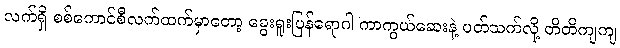
လက်ရှိ စစ်ကောင်စီလက်ထက်မှာတော့ ခွေးရူးပြန်ရောဂါ ကာကွယ်ဆေးနဲ့ ပတ်သက်လို့ တိတိကျကျ